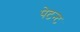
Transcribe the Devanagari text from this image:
पेटन्ट